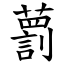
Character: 藅